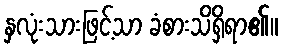
နှလုံးသားဖြင့်သာ ခံစားသိရှိရာ၏။